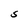
Character: S